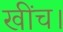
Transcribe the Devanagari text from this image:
खींच।